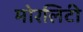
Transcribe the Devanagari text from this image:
मोरलिटी